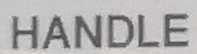
HANDLE